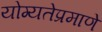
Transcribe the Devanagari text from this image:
योग्यतेप्रमाणे